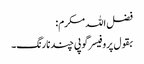
فضل اللہ مکرم:
بقول پروفیسر گوپی چند نارنگ۔